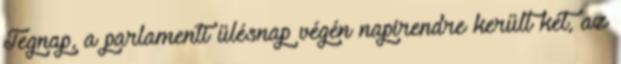
Tegnap, a parlamenti ülésnap végén napirendre került két, az